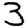
Digit: 3